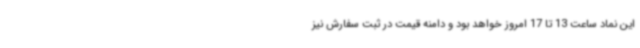
این نماد ساعت 13 تا 17 امروز خواهد بود و دامنه قیمت در ثبت سفارش نیز